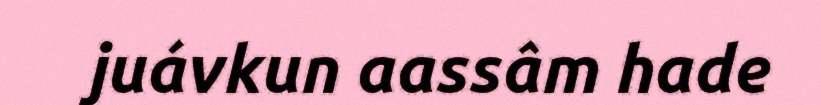
juávkun aassâm hade